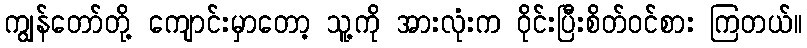
ကျွန်တော်တို့ ကျောင်းမှာတော့ သူ့ကို အားလုံးက ဝိုင်းပြီးစိတ်ဝင်စား ကြတယ်။